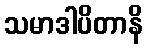
သမာဒါပိတာနိ